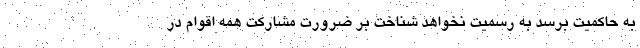
به حاکمیت برسد به رسمیت نخواهد شناخت بر ضرورت مشارکت همه اقوام در